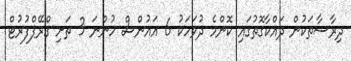
ދިރާސާތަކުން ދައްކާގޮތުގައި ކޮންމެ ދުވަހަކު 6 އައުންސް ހުންނަ 3 ތަށި ގްރޭޕްފުރުޓް